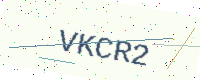
Text: VKCR2